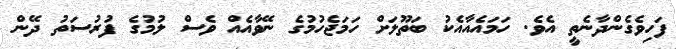
ފަހިވެގެންދާނެތީ އެވެ. ހަމައެއާއެކު ބަތޫލަށް ހަމަޖެހުމުގެ ނޭވާއެއް ވެސް ލުމުގެ ފުރުސަތު ދޭން